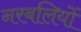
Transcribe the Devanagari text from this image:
नरबलियों